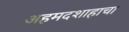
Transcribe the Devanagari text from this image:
अहमदशाहाचा